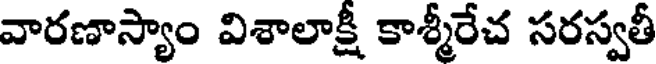
వారణాస్యాం విశాలాక్షీ కాశ్మీరేచ సరస్వతీ